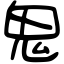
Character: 鬼